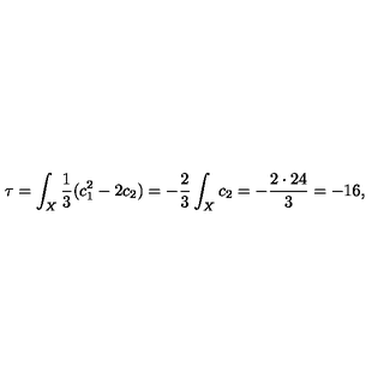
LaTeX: \tau = \int _ { X } \frac { 1 } { 3 } ( c _ { 1 } ^ { 2 } - 2 c _ { 2 } ) = - \frac { 2 } { 3 } \int _ { X } c _ { 2 } = - \frac { 2 \cdot 2 4 } { 3 } = - 1 6 ,